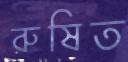
রুষিত